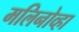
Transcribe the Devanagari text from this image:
मलिनोव्हा